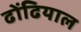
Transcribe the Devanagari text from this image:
ढोंढियाल